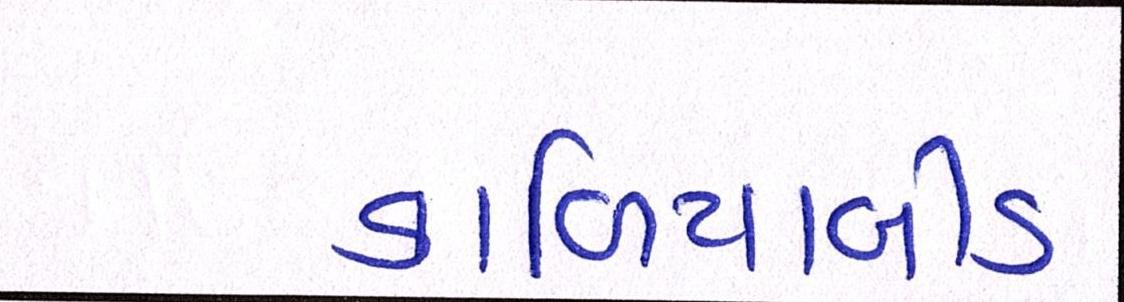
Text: કાળિયાબીડ